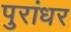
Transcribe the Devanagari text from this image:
पुरांधर